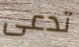
تدعى